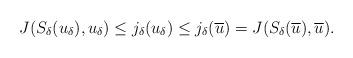
LaTeX: \begin{align*} J(S_\delta (u_\delta), u_\delta ) \leq j_\delta (u_\delta)\leq j_\delta (\overline{u})=J(S_\delta(\overline{u}),\overline{u}).\end{align*}